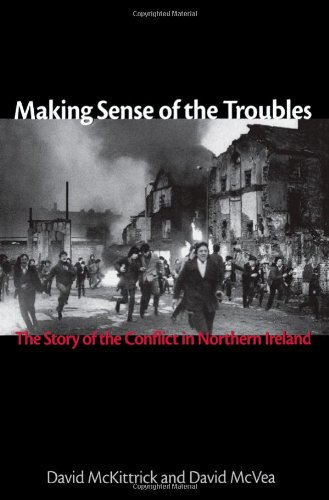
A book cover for Making Sense of the Troubles: The Story of the Conflict in Northern Ireland; David McKittrick; Politics & Social Sciences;